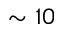
\sim 1 0